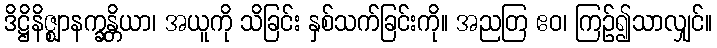
ဒိဋ္ဌိနိဇ္ဈာနက္ခန္တိယာ၊ အယူကို သိခြင်း နှစ်သက်ခြင်းကို။ အညတြ ဧဝ၊ ကြဉ်၍သာလျှင်။